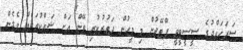
ސަރަހައްދުގެ ސީސީޓީވީ ފްޓޭޖުން މި މީހުން ދަތުރުކުރި ވޭން އަށް ޝައްކުތަކެއް ވެެގެން